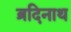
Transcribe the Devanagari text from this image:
ब्रदिनाथ